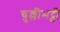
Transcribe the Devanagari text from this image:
चुल्लीभट्ठी